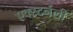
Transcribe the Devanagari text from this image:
एक्स्टर्नली